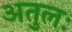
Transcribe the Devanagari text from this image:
अतुलः